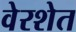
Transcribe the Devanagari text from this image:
वेरशेत